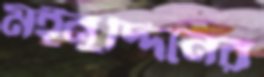
মইনুদ্দিনের